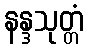
နန္ဒသုတ္တံ